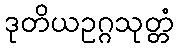
ဒုတိယဥဂ္ဂသုတ္တံ